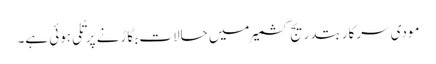
مودی سرکار بتدریج کشمیر میں حالات بگاڑنے پر تُلی ہوئی ہے۔